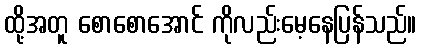
ထို့အတူ စောစောအောင် ကိုလည်းမေ့နေပြန်သည်။